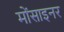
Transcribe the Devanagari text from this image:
मोंसाइनर